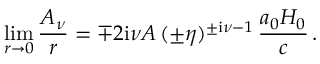
\operatorname* { l i m } _ { r \rightarrow 0 } \frac { A _ { \nu } } { r } = \mp 2 \mathrm { i } \nu { \cal A } \, ( \pm \eta ) ^ { \pm \mathrm { i } \nu - 1 } \, \frac { a _ { 0 } H _ { 0 } } { c } \, .